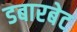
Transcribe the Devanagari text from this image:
डबारबेट